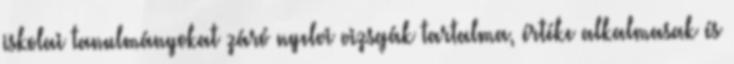
iskolai tanulmányokat záró nyelvi vizsgák tartalma, értéke alkalmasak és